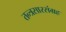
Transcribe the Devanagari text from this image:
तन्त्रसारसंग्रह